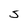
Character: S